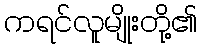
ကရင်လူမျိုးတို့၏